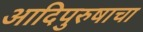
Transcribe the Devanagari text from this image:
आदिपुरुषाचा